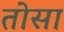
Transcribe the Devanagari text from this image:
तोसा